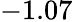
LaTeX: -1.07